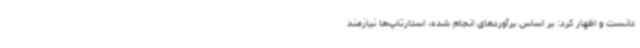
دانست و اظهار کرد: بر اساس برآوردهای انجام شده، استارتاپ‌ها نیازمند